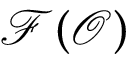
{ \mathcal { F } } ( { \mathcal { O } } )